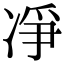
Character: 凈